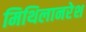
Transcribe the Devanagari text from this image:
मिथिलानरेश